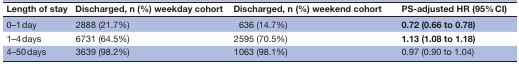
<table><thead><tr><td><b>Length of stay</b></td><td><b>Discharged, n (%) weekday cohort</b></td><td><b>Discharged, n (%) weekend cohort</b></td><td><b>PS-adjusted HR (95% CI)</b></td></tr></thead><tbody><tr><td>0–1 day</td><td>2888 (21.7%)</td><td>636 (14.7%)</td><td><b>0.72 (0.66 to 0.78)</b></td></tr><tr><td>1–4 days</td><td>6731 (64.5%)</td><td>2595 (70.5%)</td><td><b>1.13 (1.08 to 1.18)</b></td></tr><tr><td>4–50 days</td><td>3639 (98.2%)</td><td>1063 (98.1%)</td><td>0.97 (0.90 to 1.04)</td></tr></tbody></table>